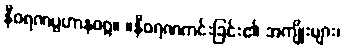
နီဝရဏပ္ပဟာနဝဂ္ဂ။ ။နီဝရဏကင်းခြင်း၏ အကျိုးများ၊